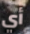
أي